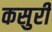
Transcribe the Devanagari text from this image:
कसुरी